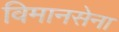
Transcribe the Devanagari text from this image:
विमानसेना